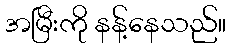
အမြီးကို နန့်နေသည်။